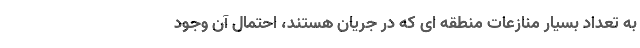
به تعداد بسیار منازعات منطقه ای که در جریان هستند، احتمال آن وجود